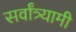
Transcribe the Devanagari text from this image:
सर्वांत्र्यामी